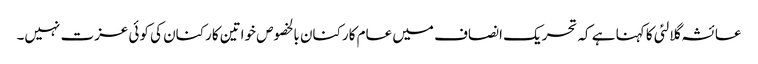
عائشہ گلالئی کا کہنا ہے کہ تحریک انصاف میں عام کارکنان بالخصوص خواتین کارکنان کی کوئی عزت نہیں۔